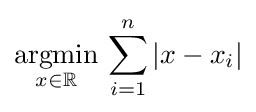
{\underset {x\in \mathbb {R} }{\operatorname {argmin} }}\,\sum _{i=1}^{n}|x-x_{i}|